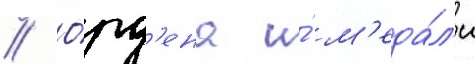
// О́рд'ена и́ м'еда́л'и